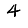
Digit: 4